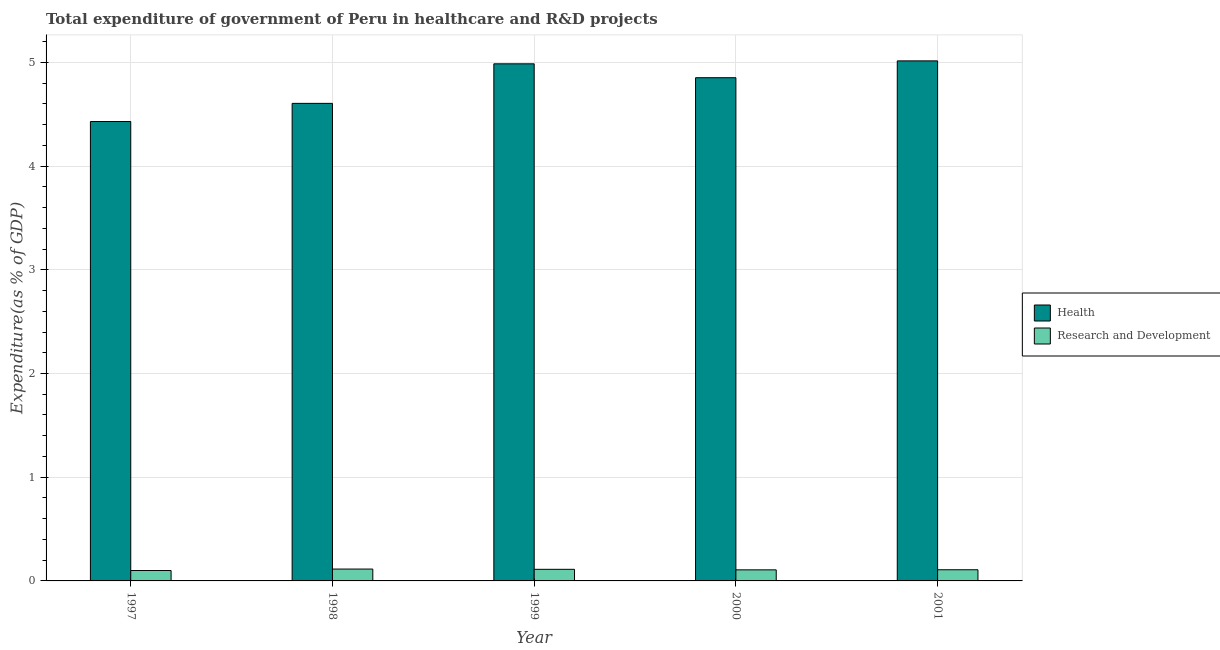
| Year | Health | Research and Development |
 | --- | --- | --- |
 | 1997 | 4.43 | 0.1 |
 | 1998 | 4.6 | 0.114 |
 | 1999 | 4.99 | 0.112 |
 | 2000 | 4.85 | 0.107 |
 | 2001 | 5.01 | 0.108 |